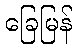
ခြေမြန်